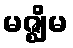
မဇ္ဈိမ